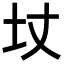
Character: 𡉋